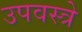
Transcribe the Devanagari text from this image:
उपवस्त्रे